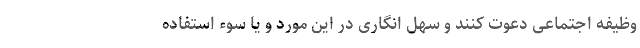
وظیفه اجتماعی دعوت کنند و سهل انگاری در این مورد و یا سوء استفاده